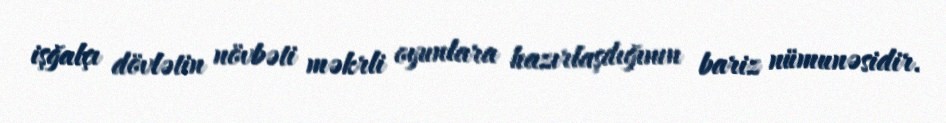
işğalçı dövlətin növbəti məkrli oyunlara hazırlaşdığının bariz nümunəsidir.